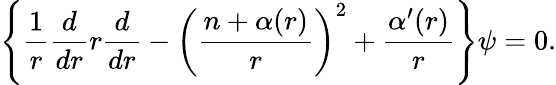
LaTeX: \left\{ \frac{1}{r}\frac{d}{dr}r\frac{d}{dr}-\left(\frac{n+\alpha(r)}{r}\right)^{2}+\frac{\alpha^{\prime}(r)}{r}\right\} \psi=0{}.